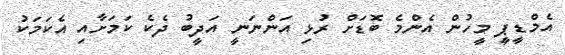
އެމްޑީޕީ މީހުން އެންމެ ބޮޑަށް ރުޅި އަންނަނީ އަދީބު ދެކެ ކަމަށާއި އެކަމަކު